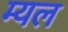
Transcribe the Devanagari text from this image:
म्यल